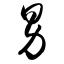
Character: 男